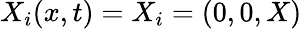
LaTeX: X_{i}(x,t)=X_{i}=(0,0,X)